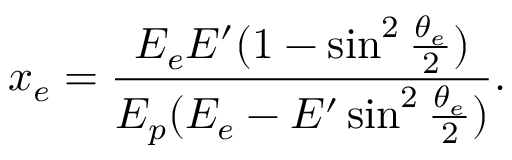
x _ { e } = { \frac { E _ { e } E ^ { \prime } ( 1 - \sin ^ { 2 } { \frac { \theta _ { e } } { 2 } } ) } { E _ { p } ( E _ { e } - E ^ { \prime } \sin ^ { 2 } { \frac { \theta _ { e } } { 2 } } ) } } .